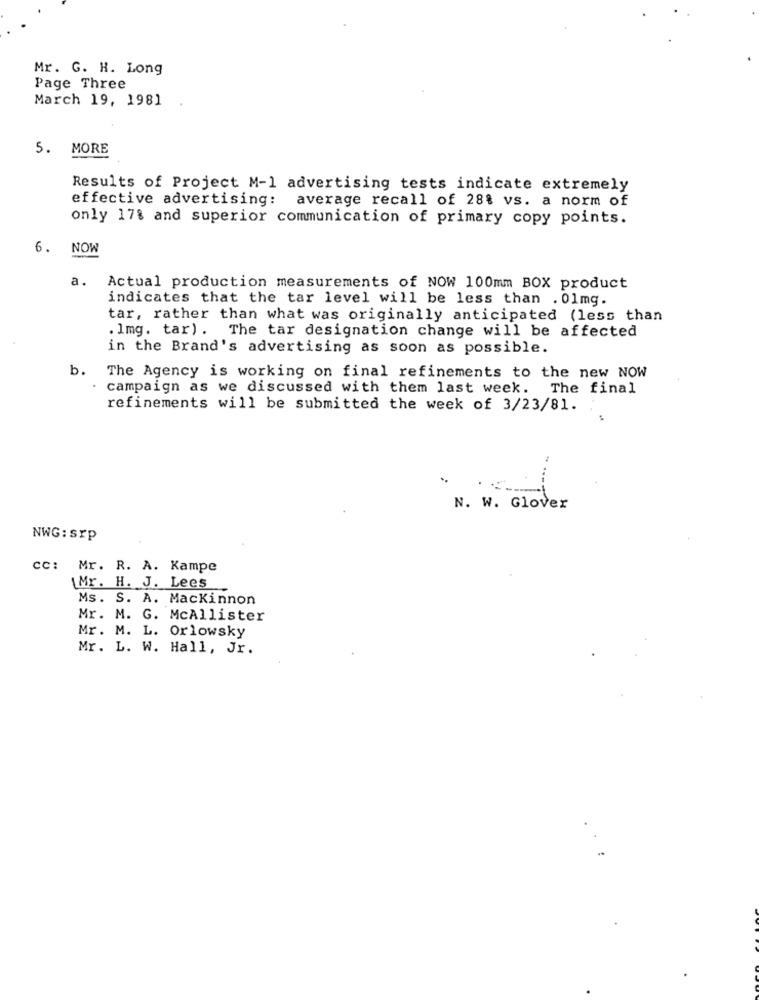
Mr. G. H. Long
Page Three
March 19, 1981
5.
MORE
Results of Project M-1 advertising tests indicate extremely
effective advertising: average recall of 28% vs. a norm of
only 178 and superior communication of primary copy points.
6.
NOW
a.
Actual production measurements of NOW 100mm BOX product
indicates that the tar level will be less than . 01mg.
tar, rather than what was originally anticipated (less than
. Img. tar). The tar designation change will be affected
in the Brand's advertising as soon as possible.
b.
The Agency is working on final refinements to the new NOW
campaign as we discussed with them last week. The final
refinements will be submitted the week of 3/23/81.
N. W. Glover
NWG:srp
CC: Mr. R. A. Kampe
Mr. H. J. Lees
Ms. S. A. Mackinnon
Mr. M. G. McAllister
Mr. M. L. Orlowsky
Mr. L. W. Hall, Jr.